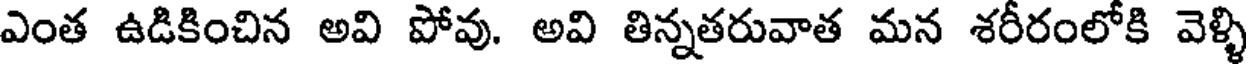
ఎంత ఉడికించిన అవి పోవు. అవి తిన్నతరువాత మన శరీరంలోకి వెళ్ళి